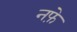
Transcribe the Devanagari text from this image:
नफे़